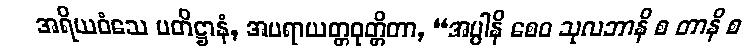
အရိယဝံသေ ပတိဋ္ဌာနံ, အပရာယတ္တဝုတ္တိတာ, “အပ္ပါနိ စေဝ သုလဘာနိ စ တာနိ စ